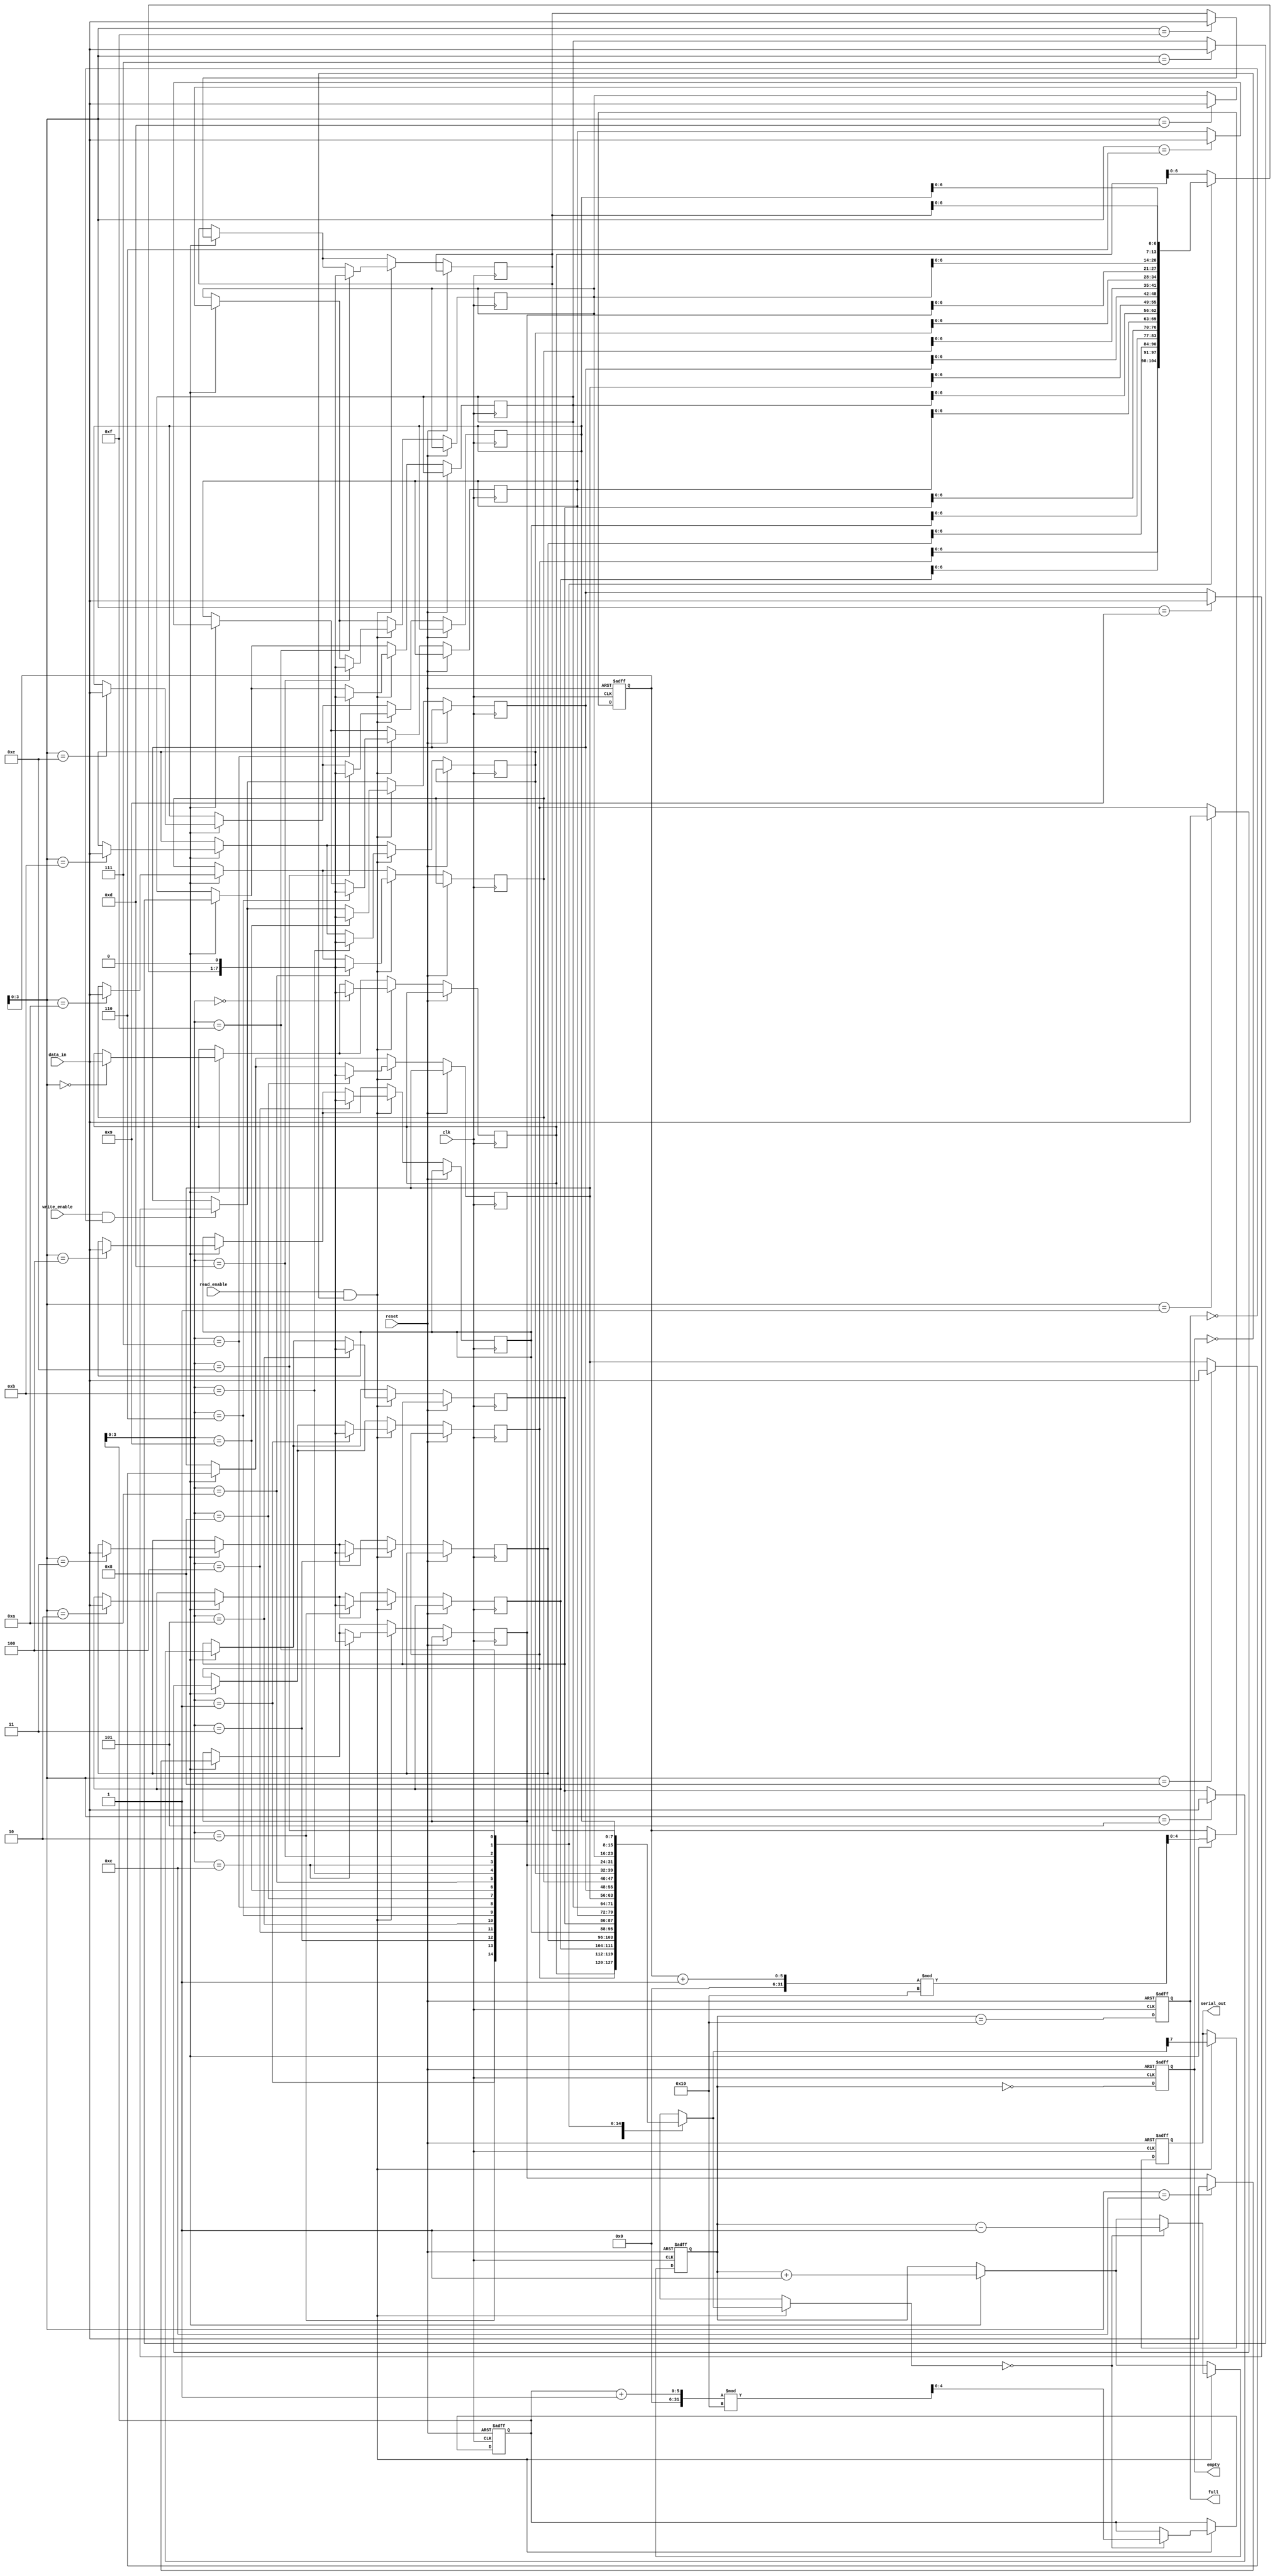
module fifo_piso #(
    parameter N = 8,      // Number of bits in parallel input
    parameter DEPTH = 16  // FIFO depth
)(
    input wire clk,               // Clock signal
    input wire reset,             // Active high reset signal
    input wire write_enable,      // Write enable signal
    input wire read_enable,       // Read enable signal
    input wire [N-1:0] data_in,   // Parallel data input
    output reg serial_out,        // Serial output
    output reg empty,             // FIFO empty flag
    output reg full               // FIFO full flag
);

    reg [N-1:0] fifo_mem [0:DEPTH-1]; // FIFO memory
    reg [4:0] write_ptr;               // Write pointer
    reg [4:0] read_ptr;                // Read pointer
    reg [4:0] count;                   // Number of items in FIFO

    // Initialize pointers and flags
    always @(posedge clk or posedge reset) begin
        if (reset) begin
            write_ptr <= 0;
            read_ptr <= 0;
            count <= 0;
            empty <= 1;
            full <= 0;
            serial_out <= 0;
        end else begin
            // Write operation
            if (write_enable && !full) begin
                fifo_mem[write_ptr] <= data_in; // Store data in FIFO
                write_ptr <= (write_ptr + 1) % DEPTH; // Increment write pointer
                count <= count + 1; // Increment count
            end
            
            // Read operation
            if (read_enable && !empty) begin
                serial_out <= fifo_mem[read_ptr][N-1]; // Output the MSB of the current data
                fifo_mem[read_ptr] <= {fifo_mem[read_ptr][N-2:0], 1'b0}; // Shift the data
                if (fifo_mem[read_ptr] == 0) begin // Check if the data is fully read
                    read_ptr <= (read_ptr + 1) % DEPTH; // Increment read pointer
                    count <= count - 1; // Decrement count
                end
            end

            // Update flags
            empty <= (count == 0);
            full <= (count == DEPTH);
        end
    end

endmodule